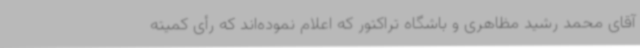
آقای محمد رشید مظاهری و باشگاه تراکتور که اعلام نموده‌اند که رأی کمیته